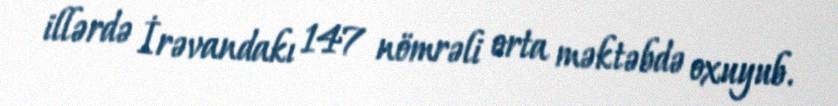
illərdə İrəvandakı 147 nömrəli orta məktəbdə oxuyub.